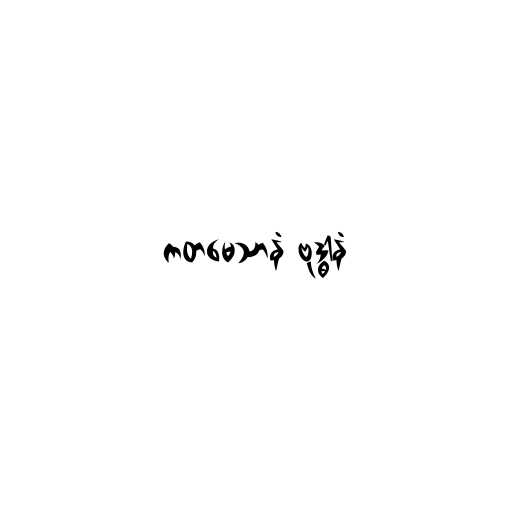
ကတမေသာနံ ဗုဒ္ဓါနံ